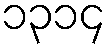
၁၃၁၄